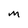
Character: m